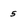
Character: 5